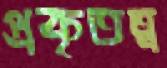
প্রকৃতত্ব